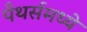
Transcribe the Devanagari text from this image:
पँथर्समध्ये